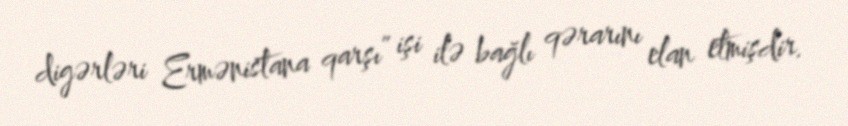
digərləri Ermənistana qarşı” işi ilə bağlı qərarını elan etmişdir.